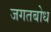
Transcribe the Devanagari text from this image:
जगतबोध